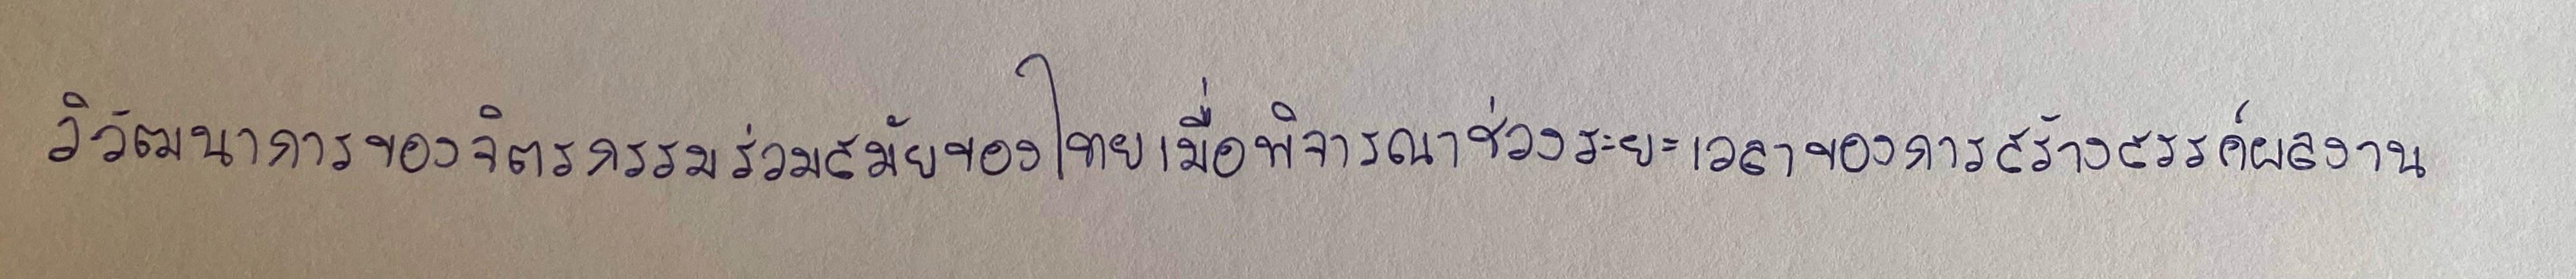
วิวัฒนาการของจิตรกรรมร่วมสมัยของไทยเมื่อพิจารณาช่วงระยะเวลาของการสร้างสรรค์ผลงาน